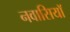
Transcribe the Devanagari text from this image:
नवासियाॅ